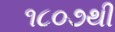
૧૮૦૭થી